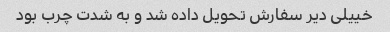
خییلی دیر سفارش تحویل داده شد و به شدت چرب بود